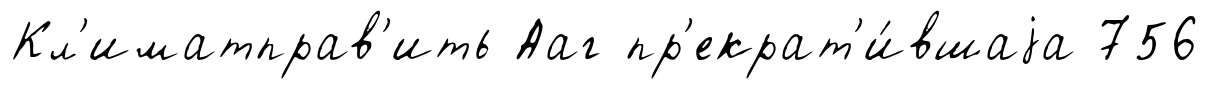
Кл'иматправ'ить Ааг пр'екрат'и́вшаjа 756